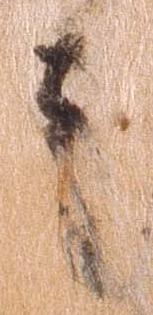
者